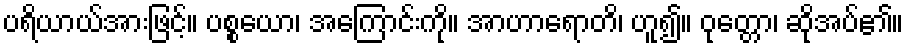
ပရိယာယ်အားဖြင့်။ ပစ္စယော၊ အကြောင်းကို။ အာဟာရောတိ၊ ဟူ၍။ ဝုတ္တော၊ ဆိုအပ်၏။